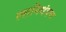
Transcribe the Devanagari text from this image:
स्वानियंत्रण